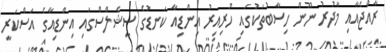
ރާއްޖެއާއި މާދުރު ނޫން ހިސާބުތަކުގައި ހުރިއިރު އިންޑިއާ ކަނޑުގެ ސީޝެލްސްގައި އިންޑިއާގެ އަސްކަރީ